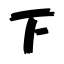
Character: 下